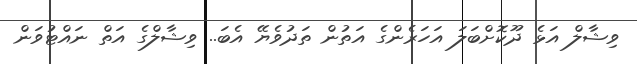
ވިޝާލް އަޅެ ދޫކޮށްބަލަ އަހަރެންގެ އަތުން ތަދުވެޔޭ އެބަ.. ވިޝާލްގެ އަތް ނައްޓުވަން